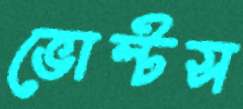
ভোল্টস